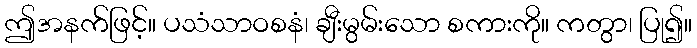
ဤအနက်ဖြင့်။ ပသံသာဝစနံ၊ ချီးမွမ်းသော စကားကို။ ကတွာ၊ ပြု၍။